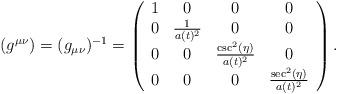
LaTeX: \begin{align*}(g^{\mu \nu}) = (g_{\mu \nu})^{-1}= \left(\begin{array}{cccc} 1 & 0 & 0 & 0 \\ 0 & \frac{1}{a(t)^2} & 0 & 0 \\ 0 & 0 & \frac{\csc ^2(\eta )}{a(t)^2} & 0 \\ 0 & 0 & 0 & \frac{\sec ^2(\eta )}{a(t)^2} \\\end{array}\right). \end{align*}